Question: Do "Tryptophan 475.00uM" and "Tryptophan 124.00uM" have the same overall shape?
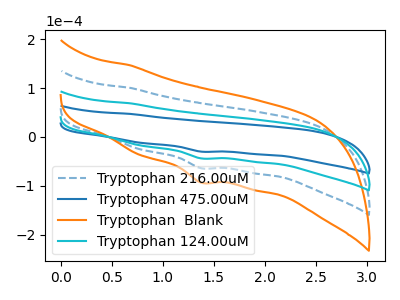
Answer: <think>The blue dashed curve "Tryptophan 216.00uM" has a cathodic peak at: (1.40V, -87.90uA). The blue curve "Tryptophan 475.00uM" has a cathodic peak at: (1.40V, -30.10uA). The orange curve "Tryptophan  Blank" has a cathodic peak at: (1.40V, -131.80uA). The cyan curve "Tryptophan 124.00uM" has a cathodic peak at: (1.40V, -43.95uA).
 All the peaks in "Tryptophan 475.00uM" have a peak in "Tryptophan 124.00uM" at the same potential. Every peak in "Tryptophan 475.00uM" is lower than every peak in "Tryptophan 124.00uM".</think>
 <answer>"Tryptophan 475.00uM" and "Tryptophan 124.00uM" are similar in shape.</answer>
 <eval>same_shape</eval>